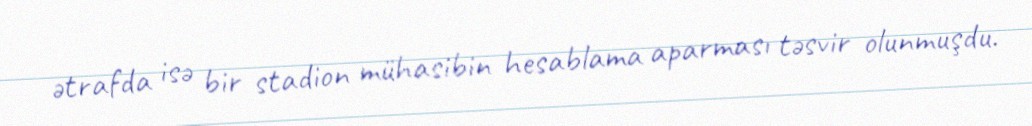
ətrafda isə bir stadion mühasibin hesablama aparması təsvir olunmuşdu.